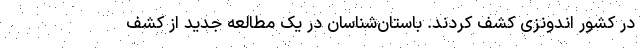
در کشور اندونزی کشف کردند. باستان‌شناسان در یک مطالعه جدید از کشف